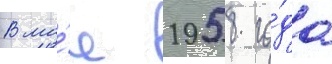
В ма́е 1958 го́да